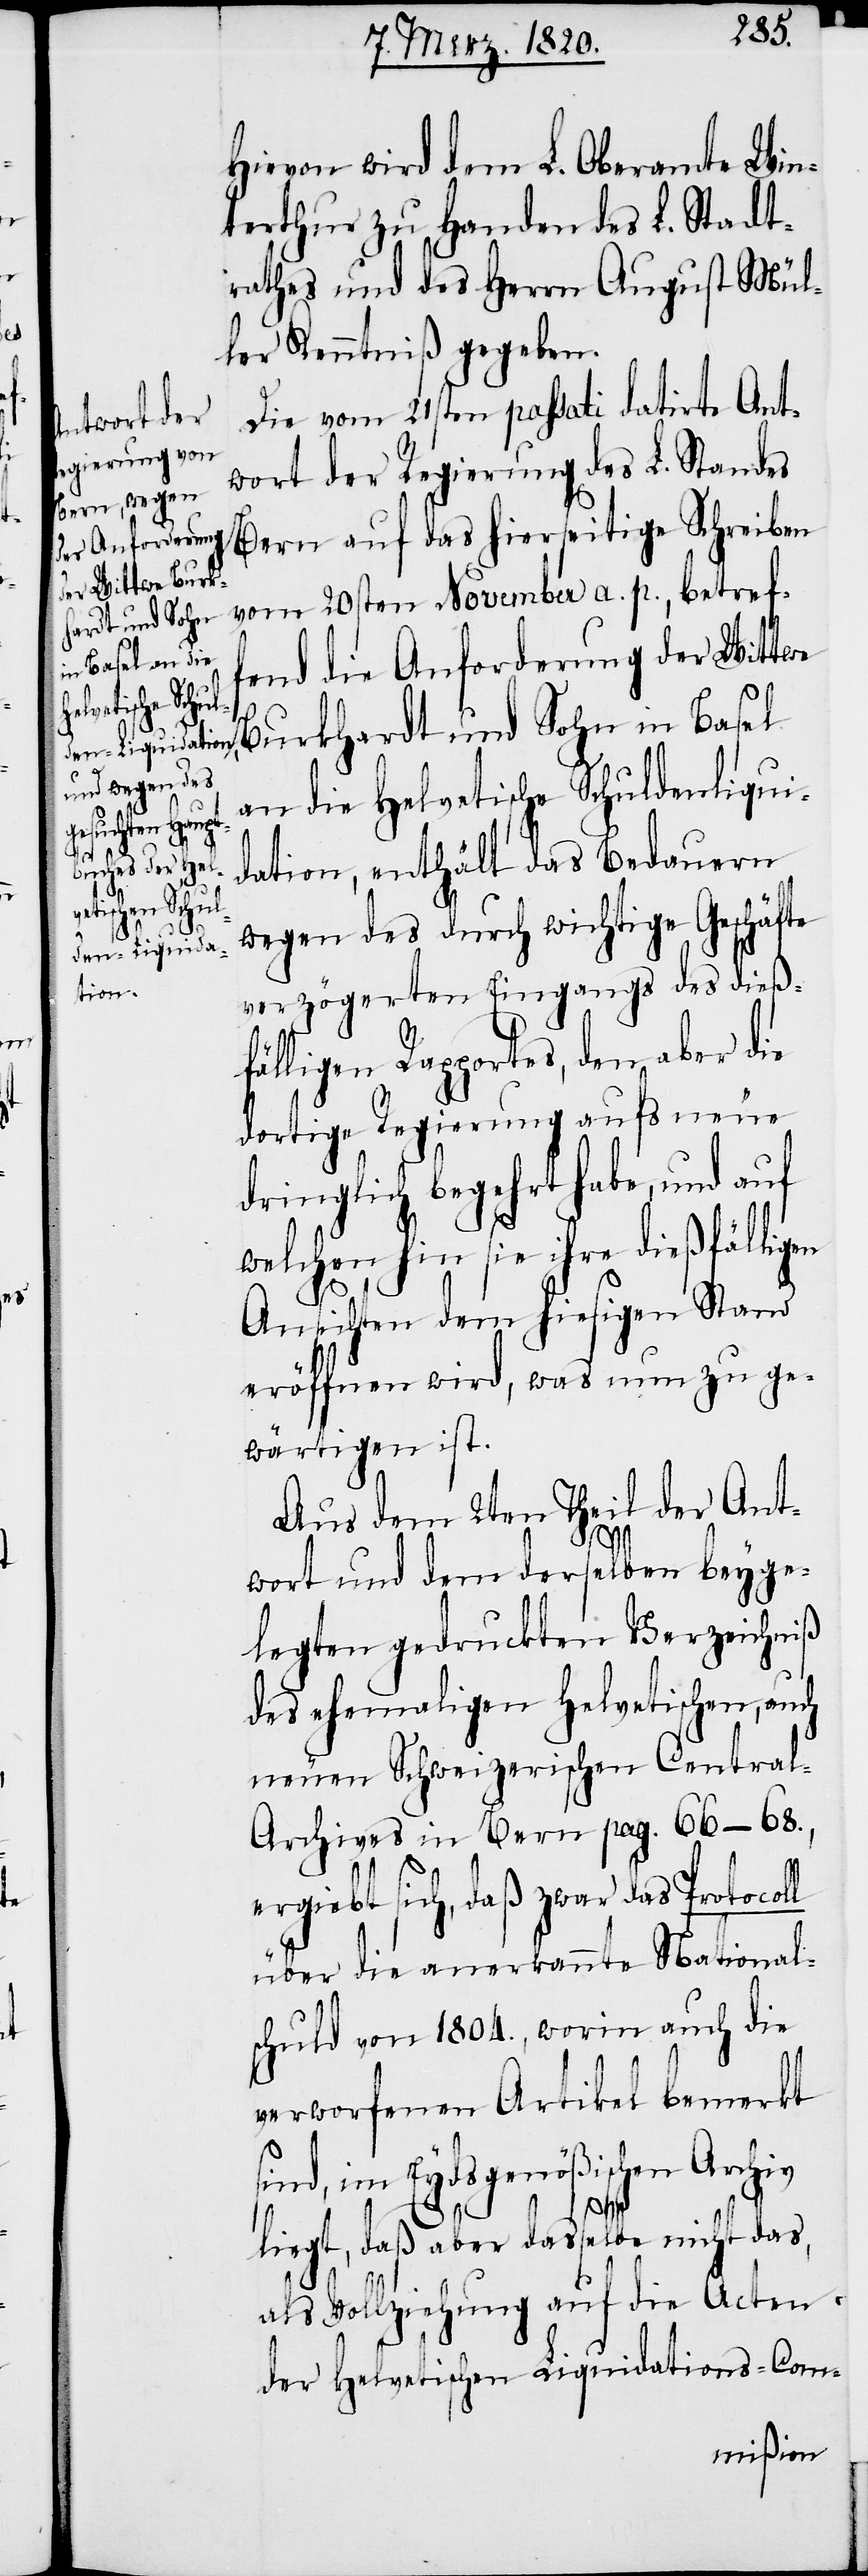
s¬

Hievon wird dem L. Oberamte Win¬
terthur zu Handen des L. Stadt¬
rathes und des Herrn August Mül¬
ler Kenntniß gegeben.
Die vom 21sten passati datirte Ant¬
wort der Regierung des L. Standes
Bern auf das hierseitige Schreiben
vom 20sten November a. p., betref¬
fend die Anforderung der Wittwe
Burkhardt und Sohn in Basel
an die Helvetische Schuldenliqui¬
dation, enthält das Bedauern
wegen des durch wichtige Geschäfte
verzögerten Eingangs des dieß¬
fälligen Rapportes, den aber die
dortige Regierung aufs neue
dringlich begehrt habe, und auf
welchen hin sie ihre dießfälligen
Ansichten dem hiesigen Stand
eröffnen wird, was nun zu ge¬
wärtigen ist.
Aus dem 2ten Theil der Ant¬
wort und dem derselben beyge¬
legten gedruckten Verzeichniß
des ehemaligen Helvetischen, auch
neuen Schweizerischen Centra¬
l-Archives in Bern pag. 66−68.,
ergiebt sich, daß zwar das Protocoll
über die anerkannte National¬
schuld von 1804., worin auch die
verworfenen Artikel bemerkt
ind, im Eydsgenößischen Archiv
liegt, daß aber dasselbe nicht das,
als Vollziehung auf die Acten
der Helvetischen Liquidations-Com¬
mißion-